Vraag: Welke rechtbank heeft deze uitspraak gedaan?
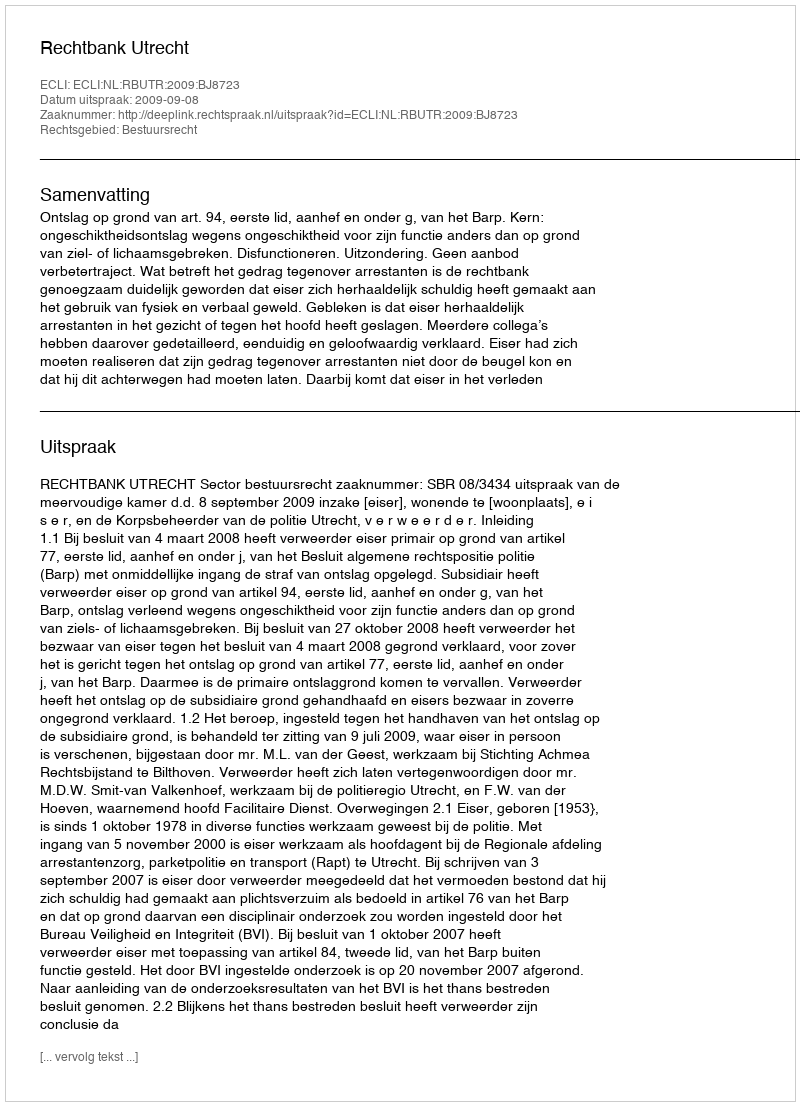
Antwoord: Rechtbank Utrecht